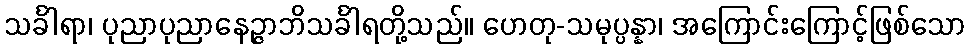
သင်္ခါရာ၊ ပုညာပုညာနေဉ္ဇာဘိသင်္ခါရတို့သည်။ ဟေတု-သမုပ္ပန္နာ၊ အကြောင်းကြောင့်ဖြစ်သော